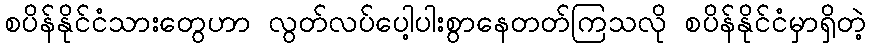
စပိန်နိုင်ငံသားတွေဟာ လွတ်လပ်ပေါ့ပါးစွာနေတတ်ကြသလို စပိန်နိုင်ငံမှာရှိတဲ့